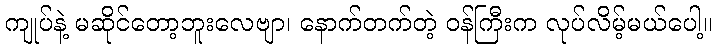
ကျုပ်နဲ့ မဆိုင်တော့ဘူးလေဗျာ၊ နောက်တက်တဲ့ ဝန်ကြီးက လုပ်လိမ့်မယ်ပေါ့။